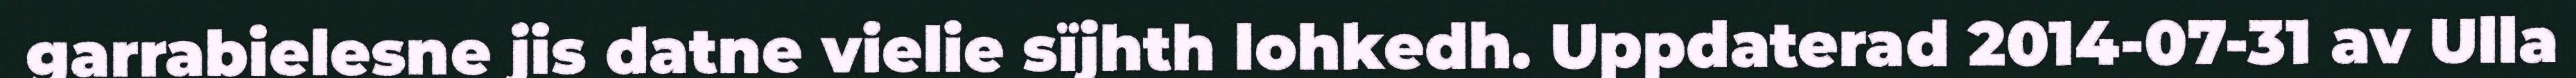
garrabielesne jis datne vielie sïjhth lohkedh. Uppdaterad 2014-07-31 av Ulla